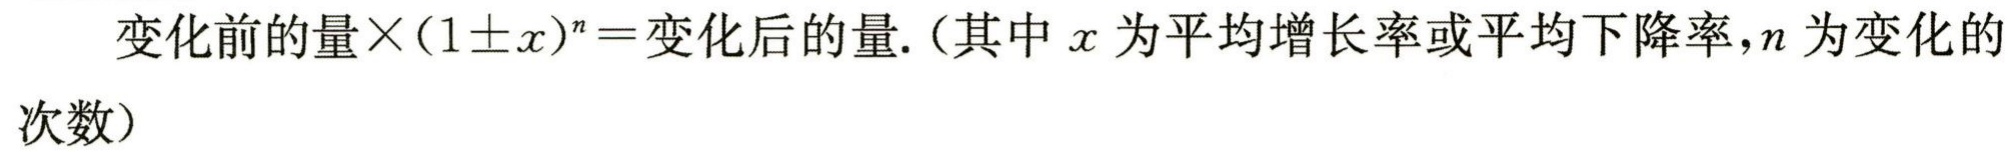
变化前的量×(1±x)^n=变化后的量.（其中x为平均增长率或平均下降率，n为变化的次数）